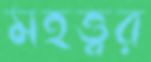
মহত্ত্বর